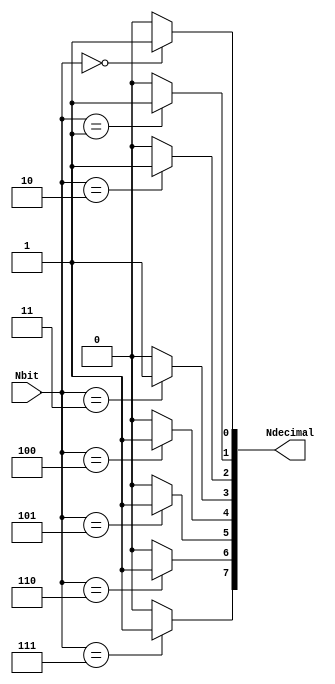
module decoder (input [2:0]Nbit, output [7:0]Ndecimal);
  
  assign Ndecimal[0] = (Nbit == 3'b000) ? 1 : 0;
  assign Ndecimal[1] = (Nbit == 3'b001) ? 1 : 0;
  assign Ndecimal[2] = (Nbit == 3'b010) ? 1 : 0;
  assign Ndecimal[3] = (Nbit == 3'b011) ? 1 : 0;
  assign Ndecimal[4] = (Nbit == 3'b100) ? 1 : 0;
  assign Ndecimal[5] = (Nbit == 3'b101) ? 1 : 0;
  assign Ndecimal[6] = (Nbit == 3'b110) ? 1 : 0;
  assign Ndecimal[7] = (Nbit == 3'b111) ? 1 : 0;
  
endmodule